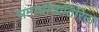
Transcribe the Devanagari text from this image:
समाधीव्यतिरिक्त